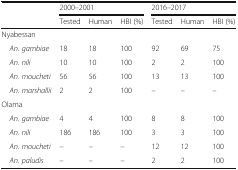
<table><thead><tr><td rowspan="2"></td><td colspan="3"><b>2000–2001</b></td><td colspan="3"><b>2016–2017</b></td></tr><tr><td><b>Tested</b></td><td><b>Human</b></td><td><b>HBI (%)</b></td><td><b>Tested</b></td><td><b>Human</b></td><td><b>HBI (%)</b></td></tr></thead><tbody><tr><td colspan="7">Nyabessan</td></tr><tr><td> <i>An. gambiae</i></td><td>18</td><td>18</td><td>100</td><td>92</td><td>69</td><td>75</td></tr><tr><td> <i>An. nili</i></td><td>10</td><td>10</td><td>100</td><td>2</td><td>2</td><td>100</td></tr><tr><td> <i>An. moucheti</i></td><td>56</td><td>56</td><td>100</td><td>13</td><td>13</td><td>100</td></tr><tr><td> <i>An. marshallii</i></td><td>2</td><td>2</td><td>100</td><td>–</td><td>–</td><td>–</td></tr><tr><td colspan="7">Olama</td></tr><tr><td> <i>An. gambiae</i></td><td>4</td><td>4</td><td>100</td><td>8</td><td>8</td><td>100</td></tr><tr><td> <i>An. nili</i></td><td>186</td><td>186</td><td>100</td><td>3</td><td>3</td><td>100</td></tr><tr><td> <i>An. moucheti</i></td><td>–</td><td>–</td><td>–</td><td>12</td><td>12</td><td>100</td></tr><tr><td> <i>An. paludis</i></td><td>–</td><td>–</td><td>–</td><td>2</td><td>2</td><td>100</td></tr></tbody></table>